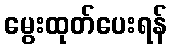
မွေးထုတ်ပေးရန်